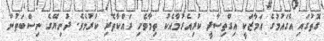
ގޮތުގައި އެގައުމުގެ އަމާޒަކީ އިގްތިސާދީ ކުރިއެރުމާއެކު ތިމާވެށި ރައްކާތެރި ކުރުމެވެ. ދުނިޔޭގެ ނިސްބަތުން